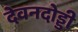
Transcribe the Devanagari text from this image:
देवनदोड्डी